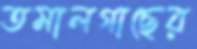
তমালগাছের